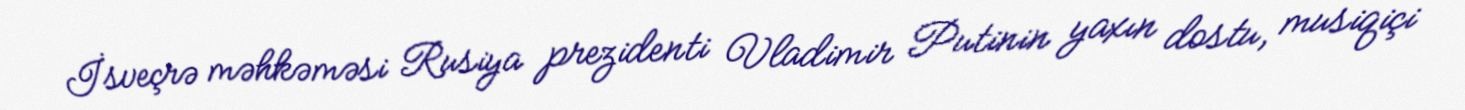
İsveçrə məhkəməsi Rusiya prezidenti Vladimir Putinin yaxın dostu, musiqiçi